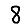
Digit: 8